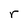
Character: r